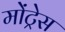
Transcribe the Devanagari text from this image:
मोंट्रेस